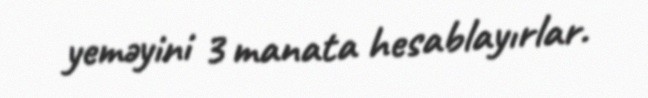
yeməyini 3 manata hesablayırlar.